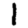
Digit: 1